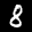
Label: 8